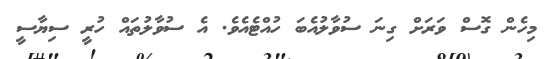
މިހެން ގޮސް ވަރަށް ގިނަ ސުވާލުއެބަ ހުއްޓެއެވެ. އެ ސުވާލުތައް ހުރީ ސިޔާސީ